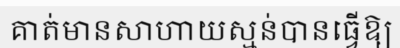
គាត់មានសាហាយស្មន់បានធ្វើឱ្យ